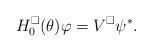
LaTeX: \begin{align*}H_0^\square(\theta) \varphi = V^\square \psi^*.\end{align*}